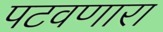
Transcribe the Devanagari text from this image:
पटवणारा